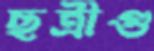
ছত্রীগু